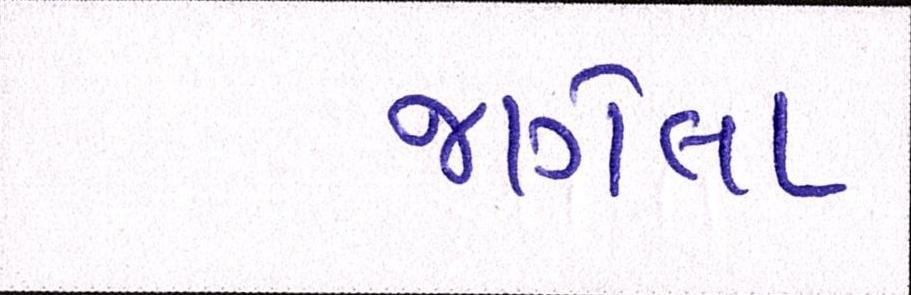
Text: જાગેલા